Indian journal of veterinary science and animal husbandry - Volume 6,
Year: 1936
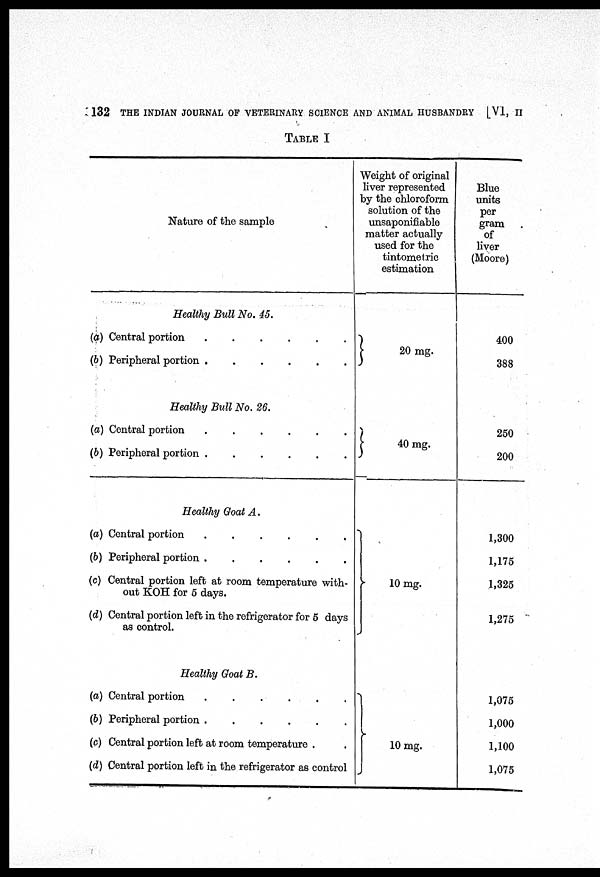
132 THE INDIAN JOURNAL OF VETERINARY SCIENCE AND ANIMAL HUSBANDRY [VI, II
TABLE I
Nature of the sample
Healthy Bull No. 45.
(a) Central portion
.
.
.
.
.
.
(b) Peripheral portion
.
.
.
.
.
.
Healthy Bull No. 26.
(a) Central portion
.
.
.
.
.
.
(b) Peripheral portion
.
.
.
.
.
.
Healthy Goat A.
(a) Central portion
.
.
.
.
.
.
(b) Peripheral portion
.
.
.
.
.
.
(c) Central portion left at room temperature with-
out KOH for 5 days.
(d) Central portion left in the refrigerator for 5 days
as control.
Healthy Goat B.
(a) Central portion
.
.
.
.
.
.
(b) Peripheral portion
.
.
.
.
.
.
(c) Central portion left at room temperature . .
(d) Central portion left in the refrigerator as control
Weight of original
liver represented
by the chloroform
solution of the
unsaponifiable
matter actually
used for the
tintometric
estimation
20 mg.
40 mg.
10 mg.
10 mg.
Blue
units
per
gram
of
liver
(Moore)
400
388
250
200
1,300
1,175
1,325
1,275
1,075
1,000
1,100
1,075